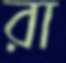
রা